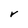
Character: V